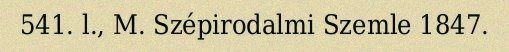
541. l., M. Szépirodalmi Szemle 1847.